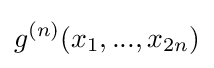
g^{(n)}(x_{1},...,x_{2n})